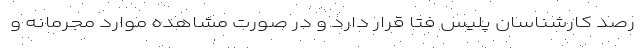
رصد کارشناسان پلیس فتا قرار دارد و در صورت مشاهده موارد مجرمانه و